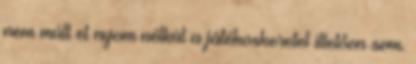
nem múlt el nyom nélkül a játékoskeretet illetően sem.